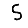
Digit: 5